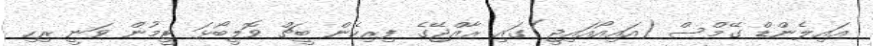
އައިލެންޑް ގޭމްސް (އައިއޯއައިޖީ)ގައި ރާއްޖޭގެ ފިރިހެން ބީޗް ވޮލީބޯޅަ ޓީމުން ވަނީ ރިހި